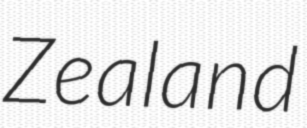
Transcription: Zealand